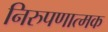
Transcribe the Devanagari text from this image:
निरुपणात्मक